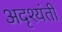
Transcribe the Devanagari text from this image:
अदृश्यंती